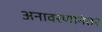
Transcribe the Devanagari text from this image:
अनावरणानंतर